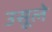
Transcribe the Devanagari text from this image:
उसूले